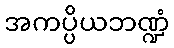
အကပ္ပိယဘဏ္ဍံ